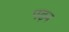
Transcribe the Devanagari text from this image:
पढ़न